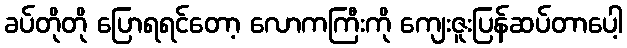
ခပ်တိုတို ပြောရရင်တော့ လောကကြီးကို ကျေးဇူးပြန်ဆပ်တာပေါ့